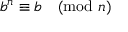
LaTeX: b ^ { n } \equiv b { \pmod { n } }